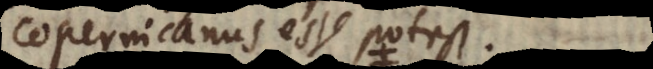
Copernicanus esse potest.